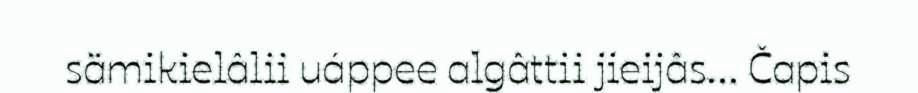
sämikielâlii uáppee algâttii jieijâs... Čapis